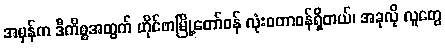
အမှန်က ဒီကိစ္စအတွက် ဟိုင်ဖာမြို့တော်ဝန် လုံးဝတာဝန်ရှိတယ်၊ အခုလို လူတွေ